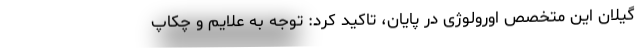
گیلان این متخصص اورولوژی در پایان، تاکید کرد: توجه به علایم و چکاپ